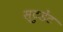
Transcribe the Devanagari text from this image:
स्टु़डेंट